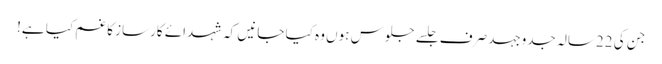
جن کی 22سالہ جدوجہد صرف جلسے جلوس ہوں وہ کیا جانیں کہ شہدائے کارساز کا غم کیا ہے!